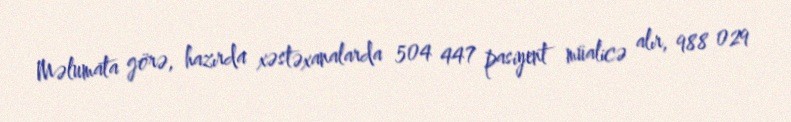
Məlumata görə, hazırda xəstəxanalarda 504 447 pasiyent müalicə alır, 988 029